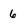
Character: 6